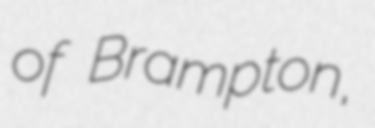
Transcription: of Brampton,